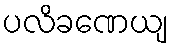
ပလိခဏေယျ